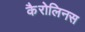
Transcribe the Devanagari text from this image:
कैरोलिनस